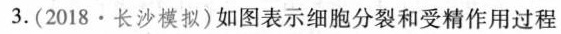
3.(2018.长沙模拟)如图表示细胞分裂和受精作用过程